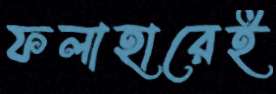
ফলাহারেই